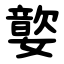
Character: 嬜